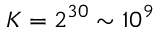
K = 2 ^ { 3 0 } \sim 1 0 ^ { 9 }